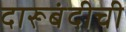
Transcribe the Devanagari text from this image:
दारूबंदीची